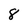
Character: 8